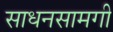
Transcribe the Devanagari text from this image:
साधनसामगी